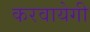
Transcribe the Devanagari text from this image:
करवायेगी